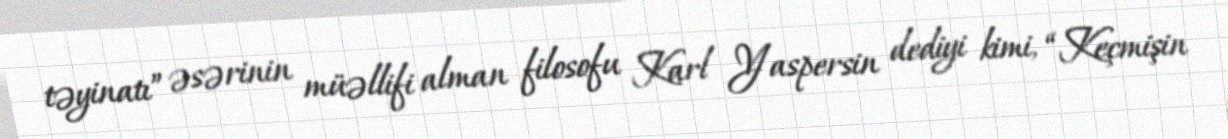
təyinatı” əsərinin müəllifi alman filosofu Karl Yaspersin dediyi kimi, “Keçmişin